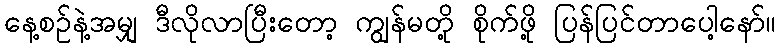
နေ့စဉ်နဲ့အမျှ ဒီလိုလာပြီးတော့ ကျွန်မတို့ စိုက်ဖို့ ပြန်ပြင်တာပေါ့နော်။